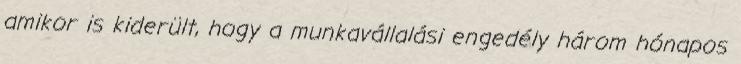
amikor is kiderült, hogy a munkavállalási engedély három hónapos